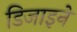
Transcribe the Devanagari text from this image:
डिजाइने